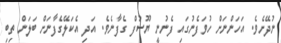
ނުދޭށެވެ. އަހަންނަށް ހުވަފެނުގައި ފެނުނީ ޔޫސުފް ގެފާނެވެ. އަދި އެކަލޭގެފާނަށް ބަލަން ތިބި